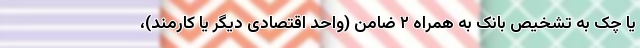
یا چک به تشخیص بانک به همراه ۲ ضامن (واحد اقتصادی دیگر یا کارمند)،